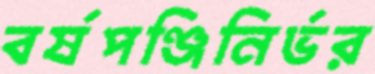
বর্ষপঞ্জিনির্ভর